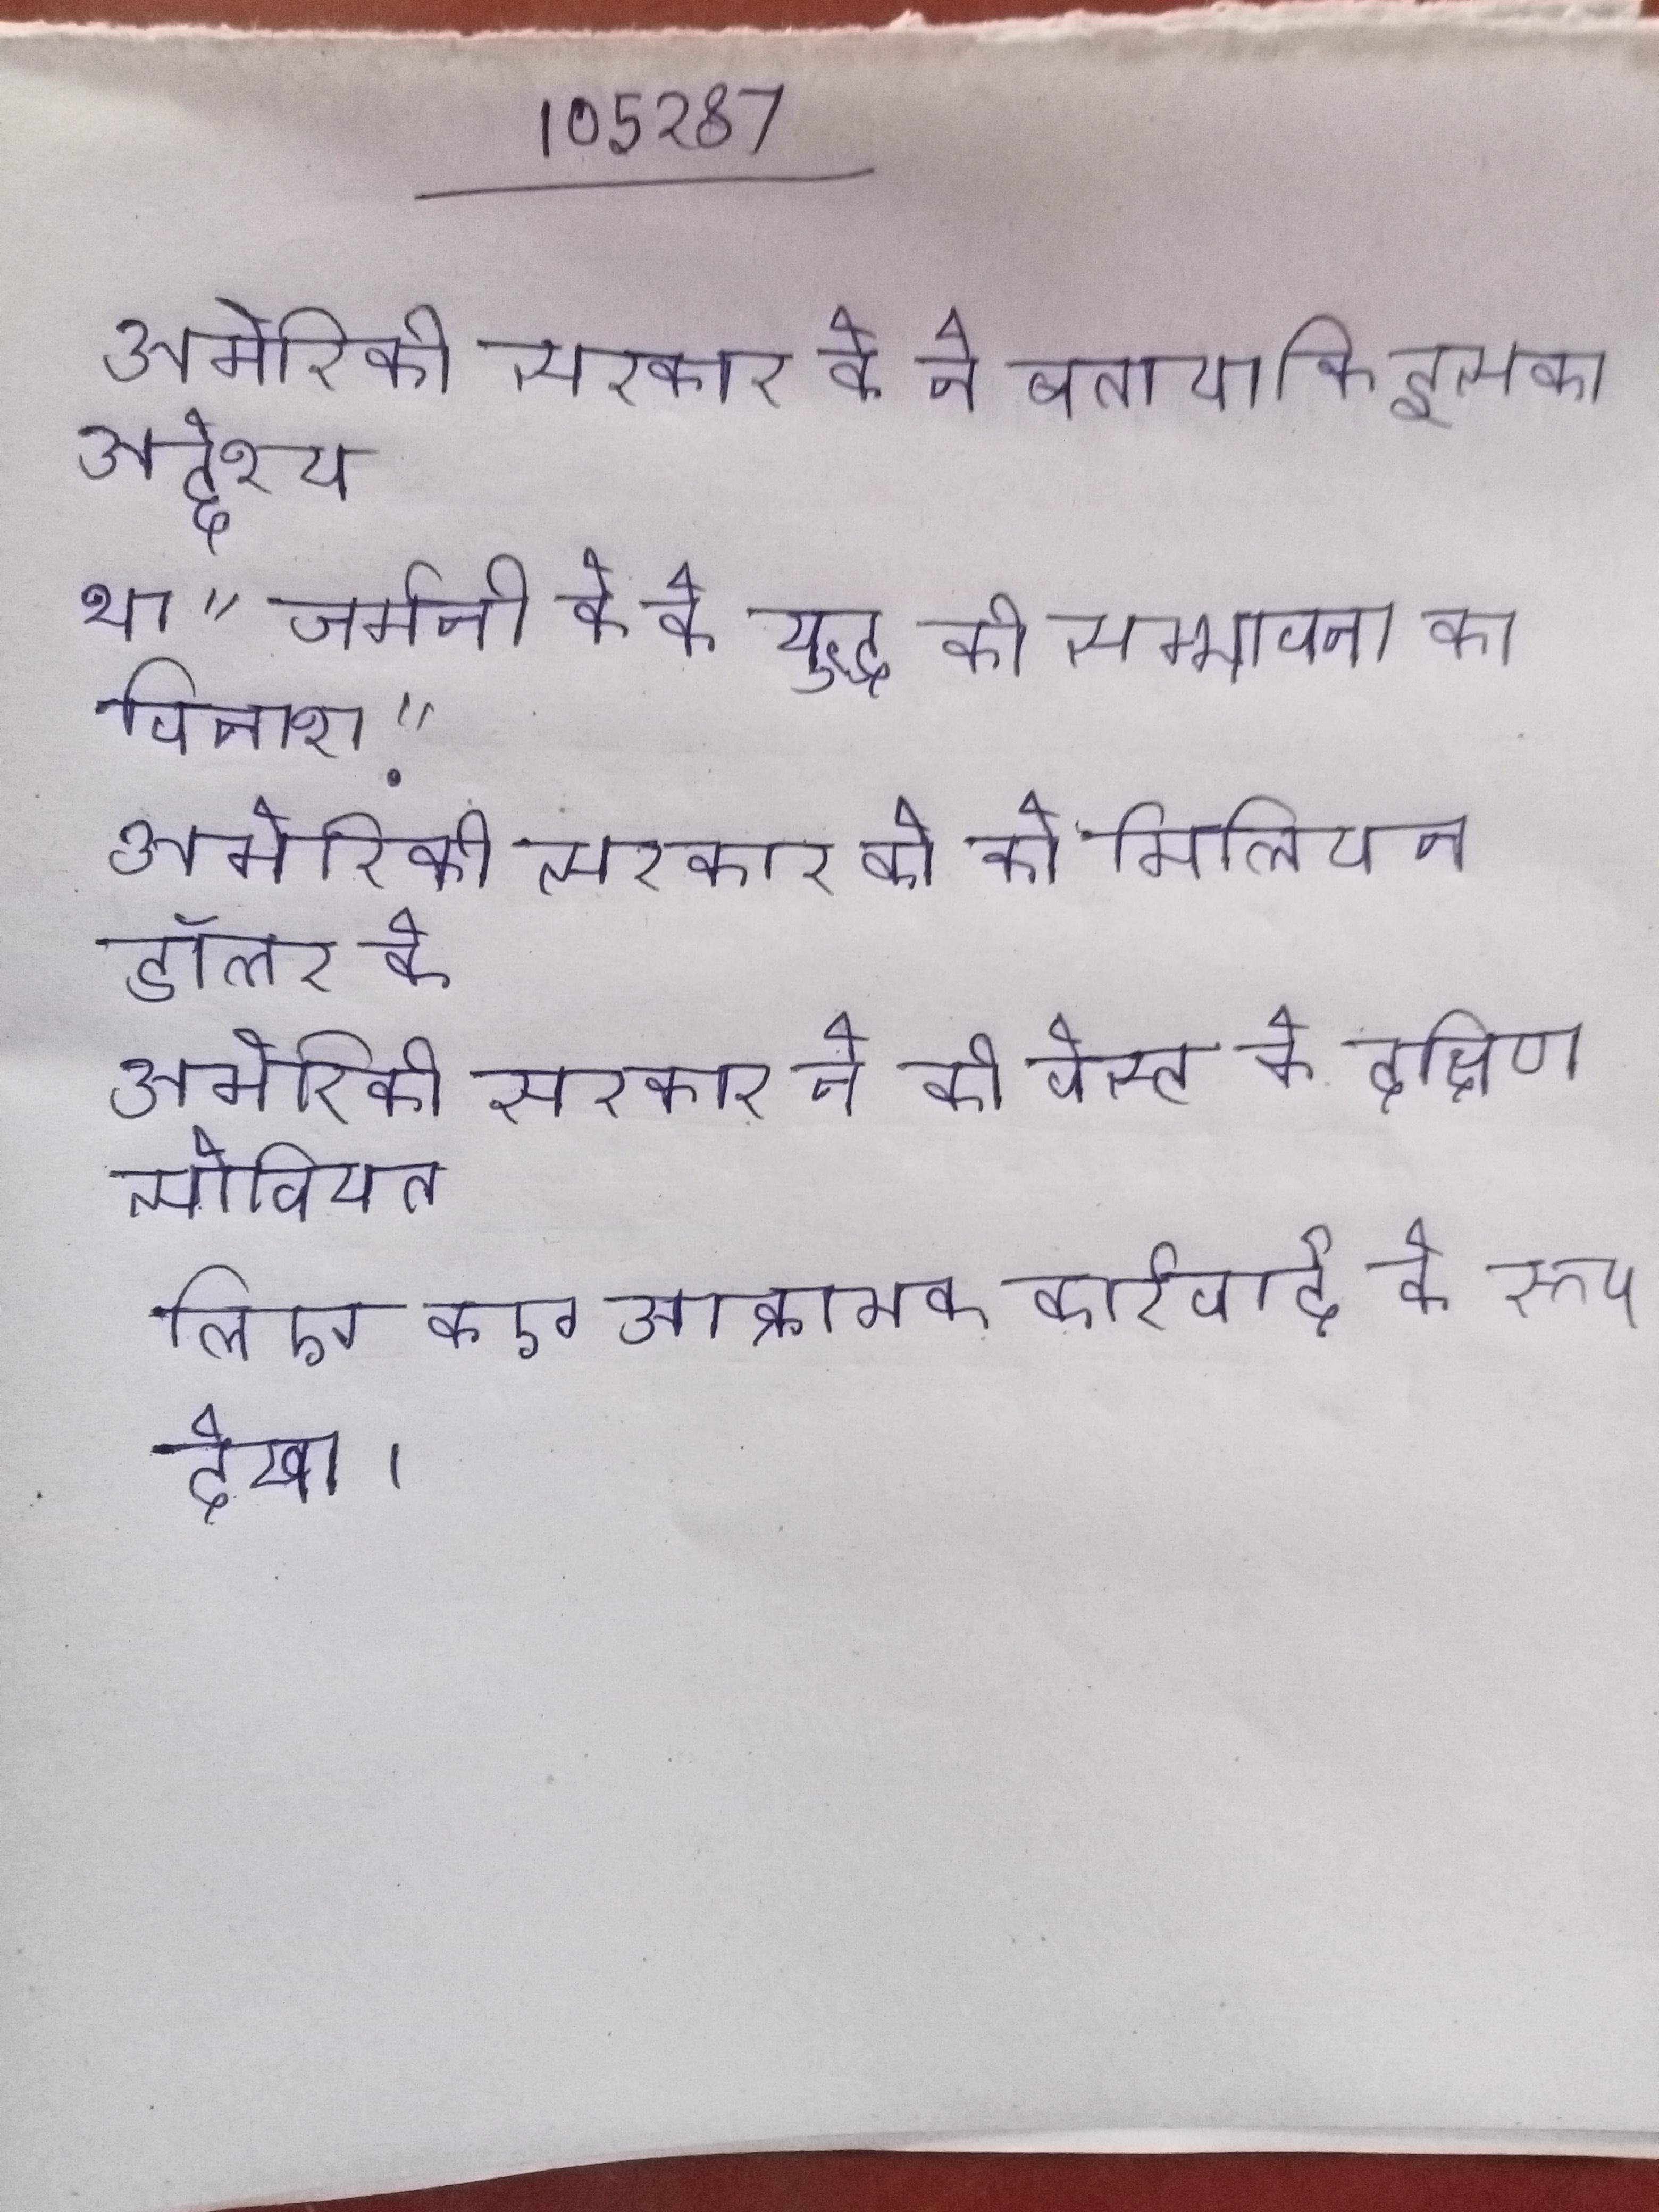
अमेरिकी सरकार के ने बताया कि इसका उद्देश्य था "जर्मनी के के युद्ध की सम्भावना का विनाश." अमेरिकी सरकार को को मिलियन डॉलर के हर्जाने का भुगतान करने का आदेश दिया गया । अमेरिकी सरकार ने की वेस्ट के दक्षिण सोवियत के परमाणु की तैनाती को अमेरिका की सुरक्षा के लिए एक आक्रामक कार्रवाई के रूप देखा .